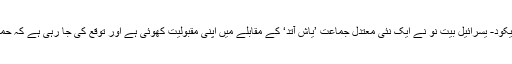
نتن یاہو کی اپنی اور ان کی اتحادی جماعت لیکود- یسرائیل بیتِ نو نے ایک نئی معتدل جماعت ’یاش آتد‘ کے مقابلے میں اپنی مقبولیت کھوئی ہے اور توقع کی جا رہی ہے کہ حمتی نتائج میں اس کی دوسری پوزیشن ہو گی۔